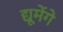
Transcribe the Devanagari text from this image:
द्यूमेंगे